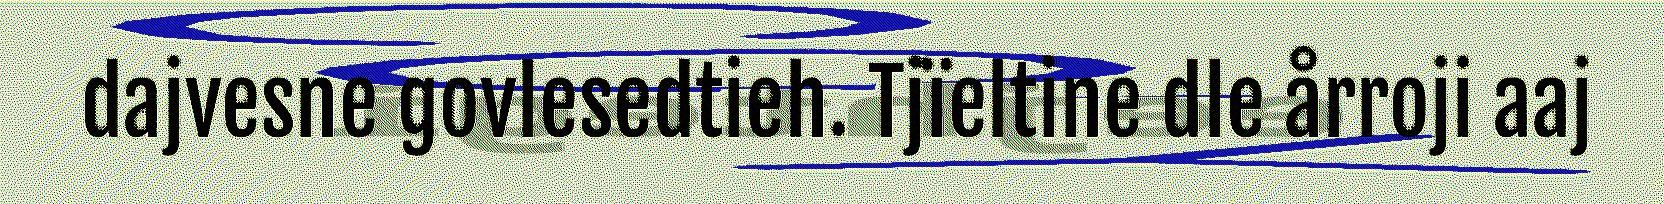
dajvesne govlesedtieh. Tjïeltine dle årroji aaj